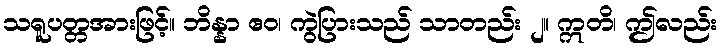
သရူပတ္တအားဖြင့်။ ဘိန္နာ ဧဝ၊ ကွဲပြားသည် သာတည်း ၂။ ဣတိ၊ ဤလည်း